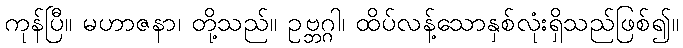
ကုန်ပြီ။ မဟာဇနာ၊ တို့သည်။ ဥဗ္ဘဂ္ဂါ၊ ထိပ်လန့်သောနှစ်လုံးရှိသည်ဖြစ်၍။